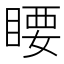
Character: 䁏